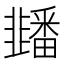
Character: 䪤